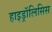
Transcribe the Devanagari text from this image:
हाइड्रॉलिसिस